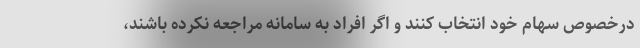
درخصوص سهام خود انتخاب کنند و اگر افراد به سامانه مراجعه نکرده باشند،